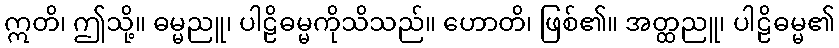
ဣတိ၊ ဤသို့။ ဓမ္မညူ၊ ပါဠိဓမ္မကိုသိသည်။ ဟောတိ၊ ဖြစ်၏။ အတ္ထညူ၊ ပါဠိဓမ္မ၏